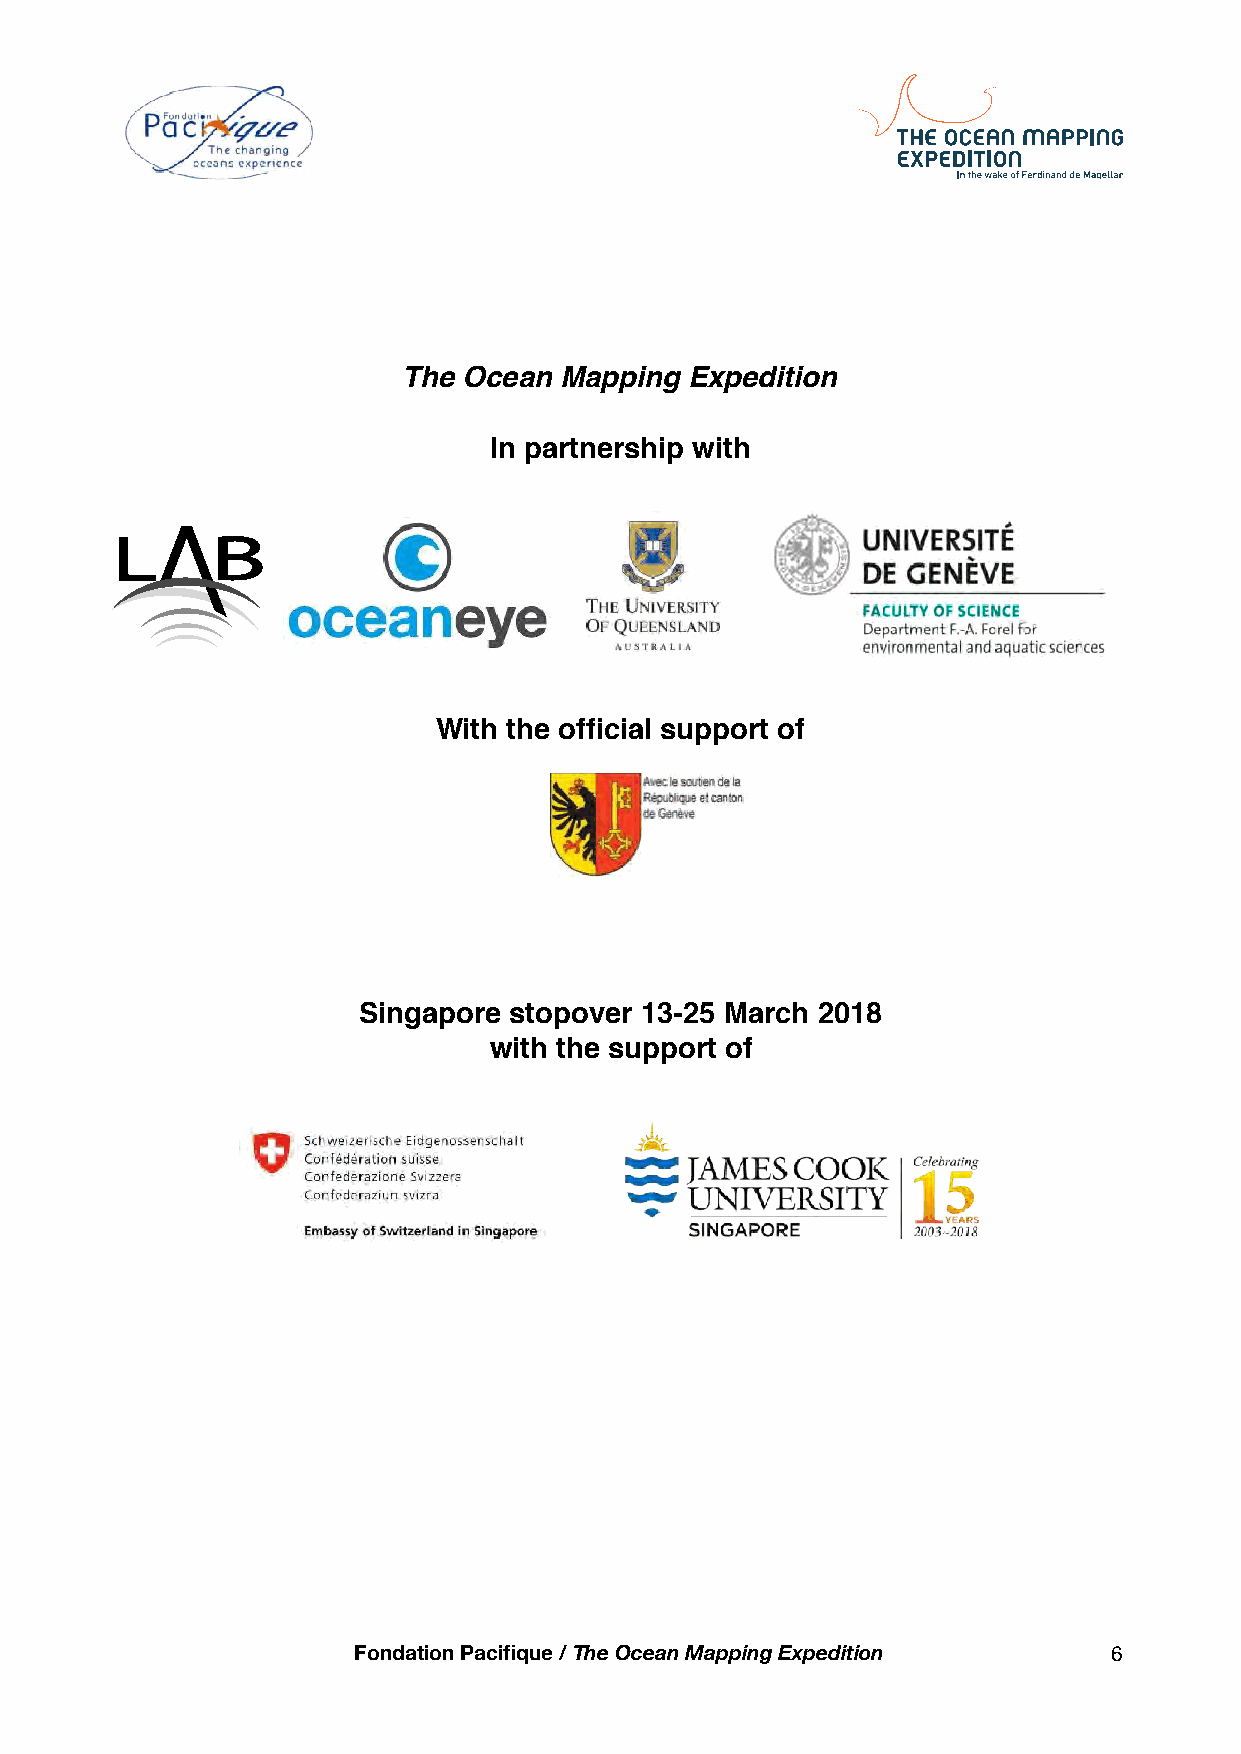

 The Ocean Mapping  Expedition
 In partnership with
 With the official support of
 Singapore stopover 13-25 March 2018
 with the support of
 Fondation Pacifique / The Ocean Mapping Expedition 6